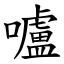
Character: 嚧